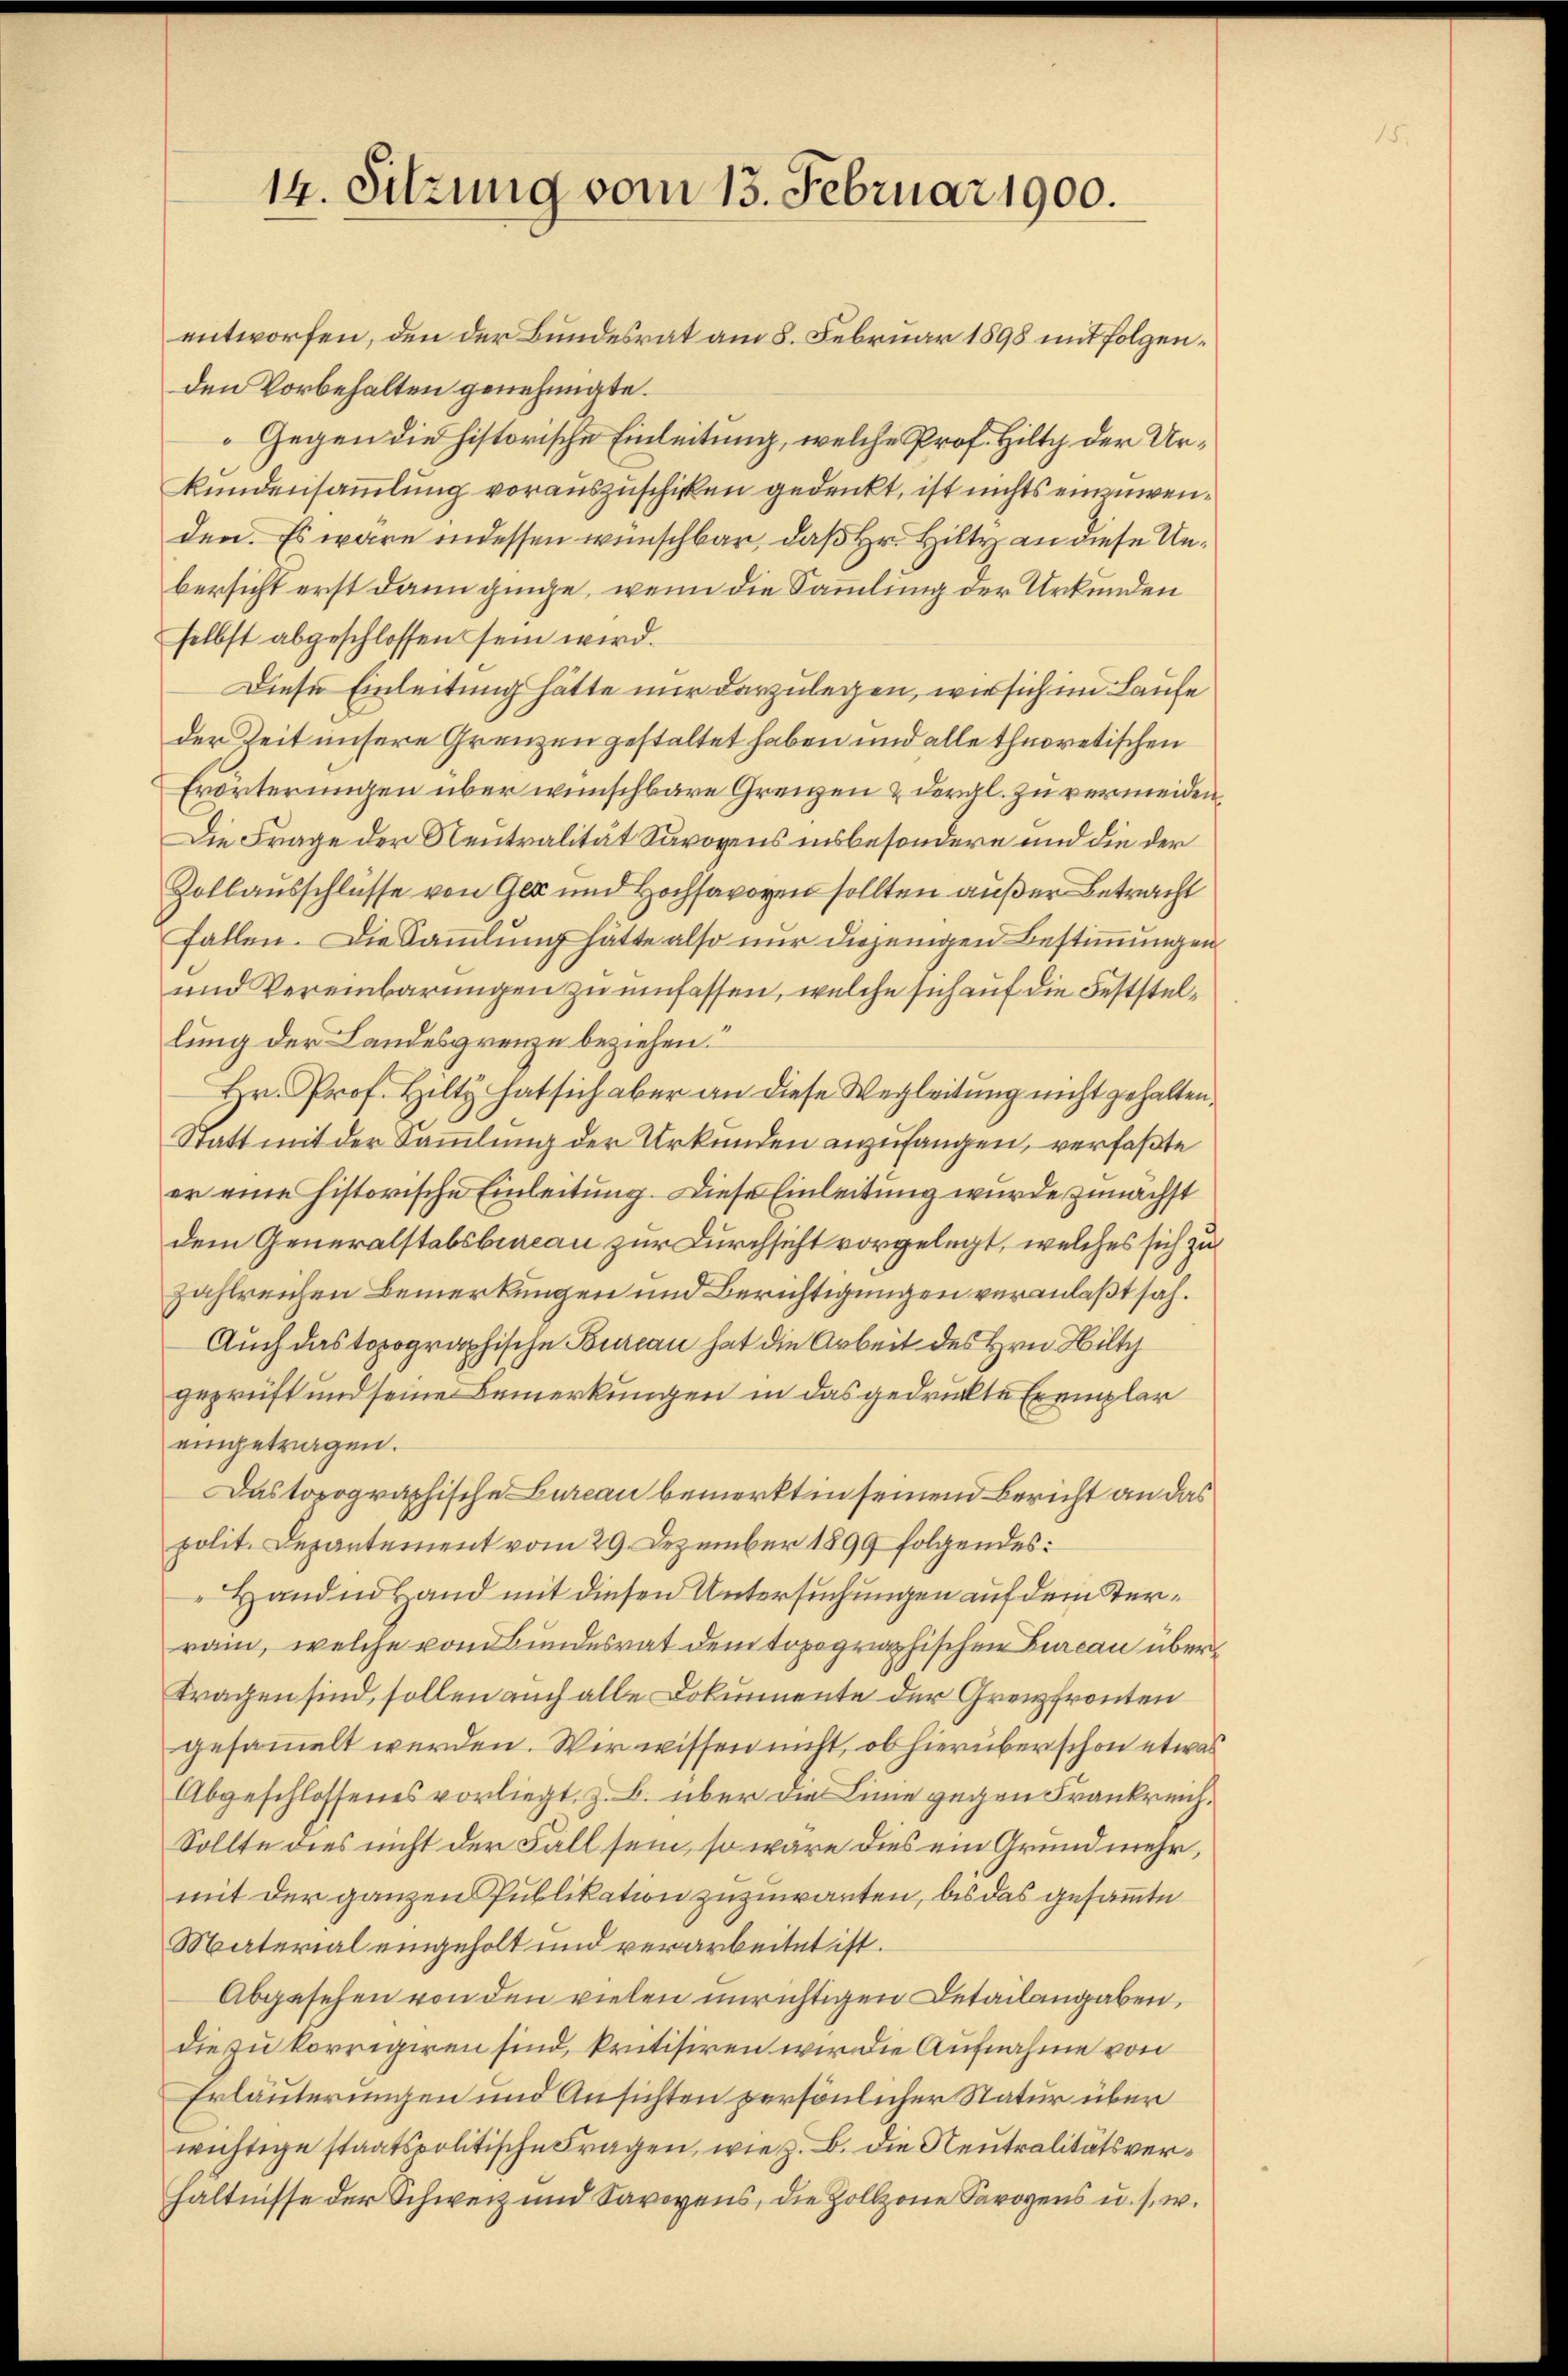
14. Sitzung vom 13. Februar 1900.

entworfen, den der Bundesrat am 8. Februar 1898 mit folgenden Vorbehalten genehmigte.
Gegen die historische Einleitung, welche Prof. Hilty der Ur¬
Kundensammlung vorauszuschicken gedenkt, ist nichts einzuwenden. Es wäre indessen wünschbar, daß Hr. Hilty an diese Unbersicht erst dann ginge, wenn die Sammlung der Urkunden
selbst abgeschlossen sein wird.
Diese Einleitung hätte nur darzulegen, wir sich im Laufe
der Zeit unsere Grenzen gestaltet haben und alle theoretischen
Erörterungen über wünschbare Grenzen & dergl. zu vermeiden,
Die Frage der Neutralität Savoyens insbesondere und die der
Zollausschlüsse von Gez und Hochsavoyen sollten außer Betracht
fallen. Die Sammlung hätte also nur diejenigen Bestimmungen
und Vereinbarungen zu umfassen, welche sich auf die Feststellung der Landesgrenze beziehen.“
Hr. Prof. Hilty hat sich aber an diese Wegleitung nicht gehalten,
Statt mit der Sammlung der Urkunden anzufangen, verfaßte
er eine historische Einleitung. Diese Einleitung wurde zunächst
dem Generalstabsbureau zur Durchsicht vorgelegt, welches sich zu
zahlreichen Bemerkungen und Berichtigungen veranlaßt sah.
Auch das topographische Bureau hat die Arbeit des Hrn. Hilty
geprüft und seine Bemerkungen in das gedrückte Exemplar
eingetragen.
Das topographische Bureau bemerkt in seinen Bericht an das
polit. Departement vom 29. Dezember 1899 folgendes:
Handes Hand mit diesen Untersuchungen auf dem Sterrain, welche vom Bundesrat dem topographischen Bureau über
tragen sind, sollen auch alle Dokumente der Grenzfronten
gesammelt werden. Wir wissen nicht, ob hierüber schon etwas
Abgeschlossenes vorliegt, z. B. über die Linie gegen Frankreich¬
Sollte dies nicht der Fall sein, so wäre dies ein Grund mehr,
mit der ganzen Publikation zuzuwarten, bis das gesammte
Material eingeholt und verarbeitet ist.
Abgesehen von den vielen unrichtigen Detailangaben,
die zu korrigiren sind, kritisiren wir die Aufnahme von
Erläuterungen und Ansichten persönlicher Natur über
wichtige staatspolitische Fragen, wie z. B. die Neutralitätsverhältnisse der Schweiz und Savoyens, die Zollzone Savoyens u. s. w.